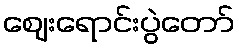
ဈေးရောင်းပွဲတော်